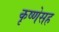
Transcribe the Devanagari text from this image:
कृष्णेसह